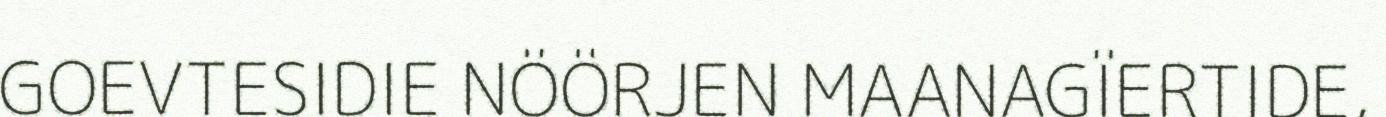
GOEVTESIDIE NÖÖRJEN MAANAGÏERTIDE,